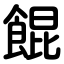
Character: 餛